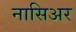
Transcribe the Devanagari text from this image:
नासिअर